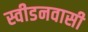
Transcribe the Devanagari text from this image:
स्वीडनवासी